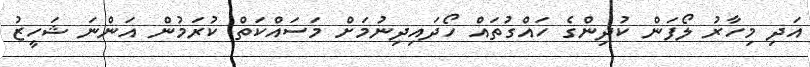
އަދި މިހާރު ލޯފަން ކުދިންގެ ހައްގުތައް ހޯދައިދިނުމަށް މަސައްކަތް ކުރަމުން އަންނަ ޝަހީޒު